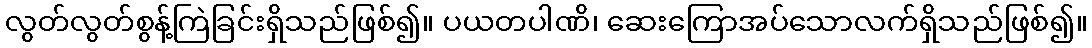
လွတ်လွတ်စွန့်ကြဲခြင်းရှိသည်ဖြစ်၍။ ပယတပါဏိ၊ ဆေးကြောအပ်သောလက်ရှိသည်ဖြစ်၍။